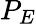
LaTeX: P_{E}